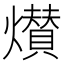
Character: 㸇